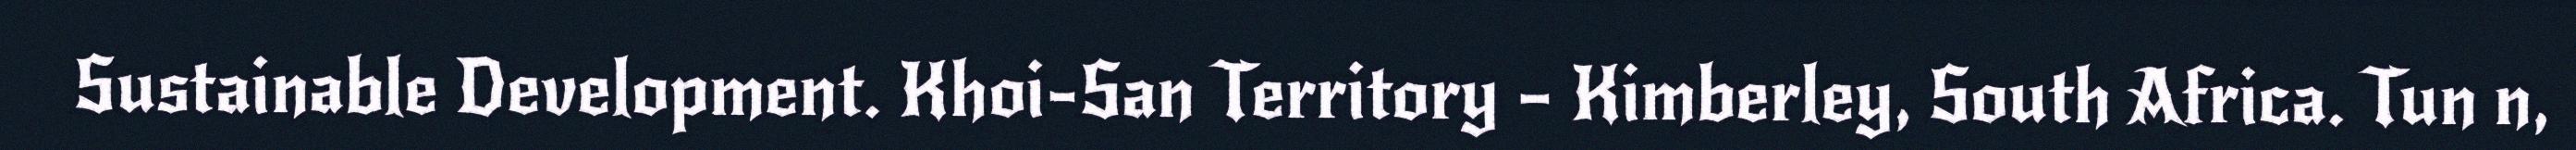
Sustainable Development. Khoi-San Territory – Kimberley, South Africa. Tun n,